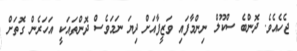
ޖެހެއެވެ. ދޮންބެ ސްކޫލް ނިންމާފައި ވަޒީފާއަށް ދިޔަ ނަމަވެސް ދޮންތައަކީ އަހަރެން ގޮތަށް